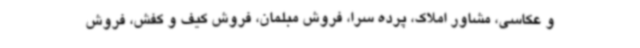
و عکاسی، مشاور املاک، پرده سرا، فروش مبلمان، فروش کیف و کفش، فروش